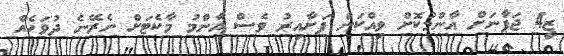
ޒީ4 ޖަޕާނަށް އާންމުކޮށް ވިއްކަން ފަށާއިރު ވެސް އާންމު މާކެޓަށް ނެރޭނެ ދުވަހެއް